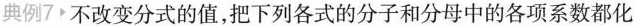
典例7 不改变分式的值，把下列各式的分子和分母中的各项系数都化